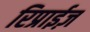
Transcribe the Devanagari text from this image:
रिप्राईज़